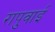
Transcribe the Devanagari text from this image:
रापुवाई